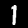
Digit: 1